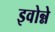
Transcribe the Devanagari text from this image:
इवोन्ने